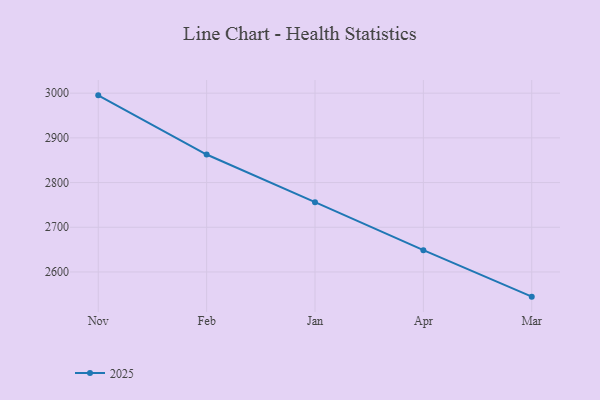
{"axis": {"x": "Month", "y": "Energy Usage (MWh)"}, "legend": ["2025"], "data": [{"x": "Nov", "y": 2995.1, "type": "2025"}, {"x": "Feb", "y": 2862.7, "type": "2025"}, {"x": "Jan", "y": 2756.1, "type": "2025"}, {"x": "Apr", "y": 2648.7, "type": "2025"}, {"x": "Mar", "y": 2544.8, "type": "2025"}]}